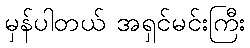
မှန်ပါတယ် အရှင်မင်းကြီး